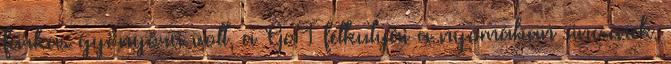
farkas gyönyörű volt, a GoT félkutyái a nyomában sincsenek.